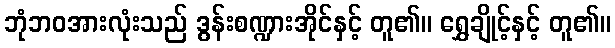
ဘုံဘဝအားလုံးသည် ဒွန်းစဏ္ဍားအိုင်နှင့် တူ၏။ ရွှေချိုင့်နှင့် တူ၏။